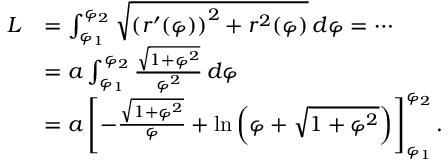
{ \begin{array} { r l } { L } & { = \int _ { \varphi _ { 1 } } ^ { \varphi _ { 2 } } { \sqrt { \left( r ^ { \prime } ( \varphi ) \right) ^ { 2 } + r ^ { 2 } ( \varphi ) } } \, d \varphi = \cdots } \\ & { = a \int _ { \varphi _ { 1 } } ^ { \varphi _ { 2 } } { \frac { \sqrt { 1 + \varphi ^ { 2 } } } { \varphi ^ { 2 } } } \, d \varphi } \\ & { = a \left[ - { \frac { \sqrt { 1 + \varphi ^ { 2 } } } { \varphi } } + \ln \left( \varphi + { \sqrt { 1 + \varphi ^ { 2 } } } \right) \right] _ { \varphi _ { 1 } } ^ { \varphi _ { 2 } } . } \end{array} }